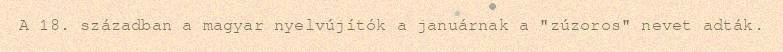
A 18. században a magyar nyelvújítók a januárnak a "zúzoros" nevet adták.